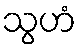
သွဟံ